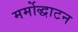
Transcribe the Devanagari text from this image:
मर्मोद्धाटन